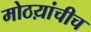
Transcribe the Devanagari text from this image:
मोठय़ांचीच